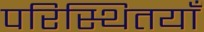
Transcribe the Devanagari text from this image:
परिस्थितयाँ